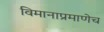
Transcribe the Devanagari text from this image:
विमानाप्रमाणेच